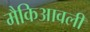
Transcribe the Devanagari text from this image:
मैकिआवली